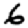
Digit: 6